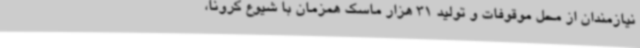
نیازمندان از محل موقوفات و تولید 31 هزار ماسک همزمان با شیوع کرونا،